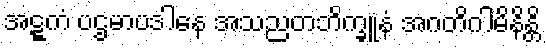
အဋ္ဋကံ ပဌမာပဒါနေ အသညတဘိက္ခူနံ အဂတိဂါမိနိန္တိ